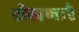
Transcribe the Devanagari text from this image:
रोखणारे